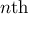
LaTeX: n \mathrm { t h }